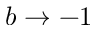
b \rightarrow - 1